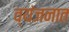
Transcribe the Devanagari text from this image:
व्यंजनात